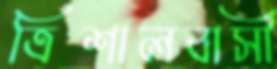
ত্রিশালবাসী